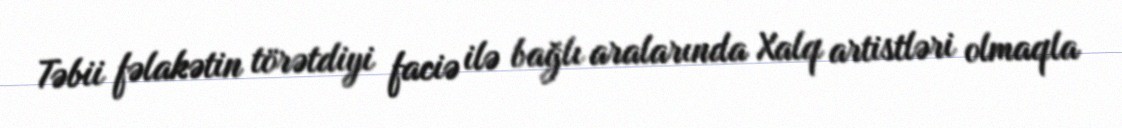
Təbii fəlakətin törətdiyi faciə ilə bağlı aralarında Xalq artistləri olmaqla